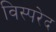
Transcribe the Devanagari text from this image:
विस्परेद